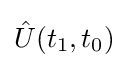
{\hat {U}}(t_{1},t_{0})